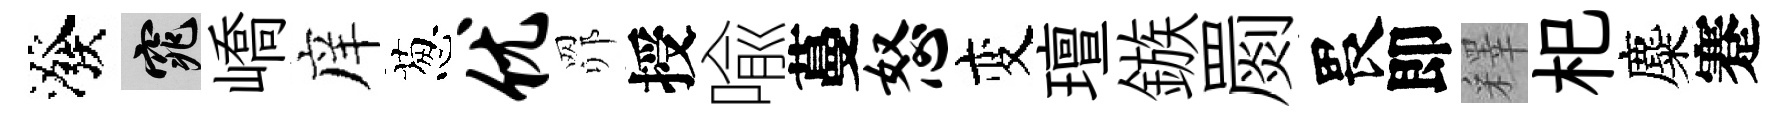
潑窕嶠庠葱优𦊑授喩蔓怒变璮鏃罽畏即釋𣏌麋蹇